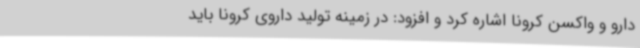
دارو و واکسن کرونا اشاره کرد و افزود: در زمینه تولید داروی کرونا باید